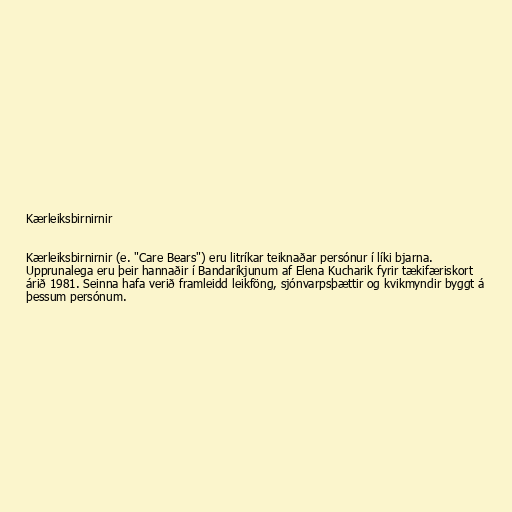
Kærleiksbirnirnir

Kærleiksbirnirnir (e. "Care Bears") eru litríkar teiknaðar persónur í líki bjarna.
Upprunalega eru þeir hannaðir í Bandaríkjunum af Elena Kucharik fyrir tækifæriskort
árið 1981. Seinna hafa verið framleidd leikföng, sjónvarpsþættir og kvikmyndir byggt á
þessum persónum.